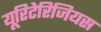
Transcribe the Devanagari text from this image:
यूरिटेरिजियस